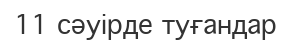
11 сәуірде туғандар